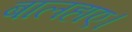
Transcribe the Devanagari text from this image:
बालहाए।